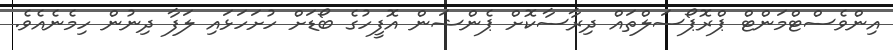
އިންވެސްޓްމަންޓް ޕްރޮޕޯސަލްތައް ދިރާސާކޮށް ޕެންޝަން އޮފީހުގެ ބޯޑަށް ހުށަހަޅައި ލަފާ ދިނުން ހިމެނެއެވެ.